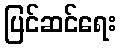
ပြင်ဆင်ရေး